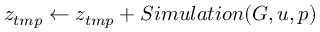
z _ { t m p } \gets z _ { t m p } + S i m u l a t i o n ( G , u , p )